Parnu_kinnistusamet, lk 23
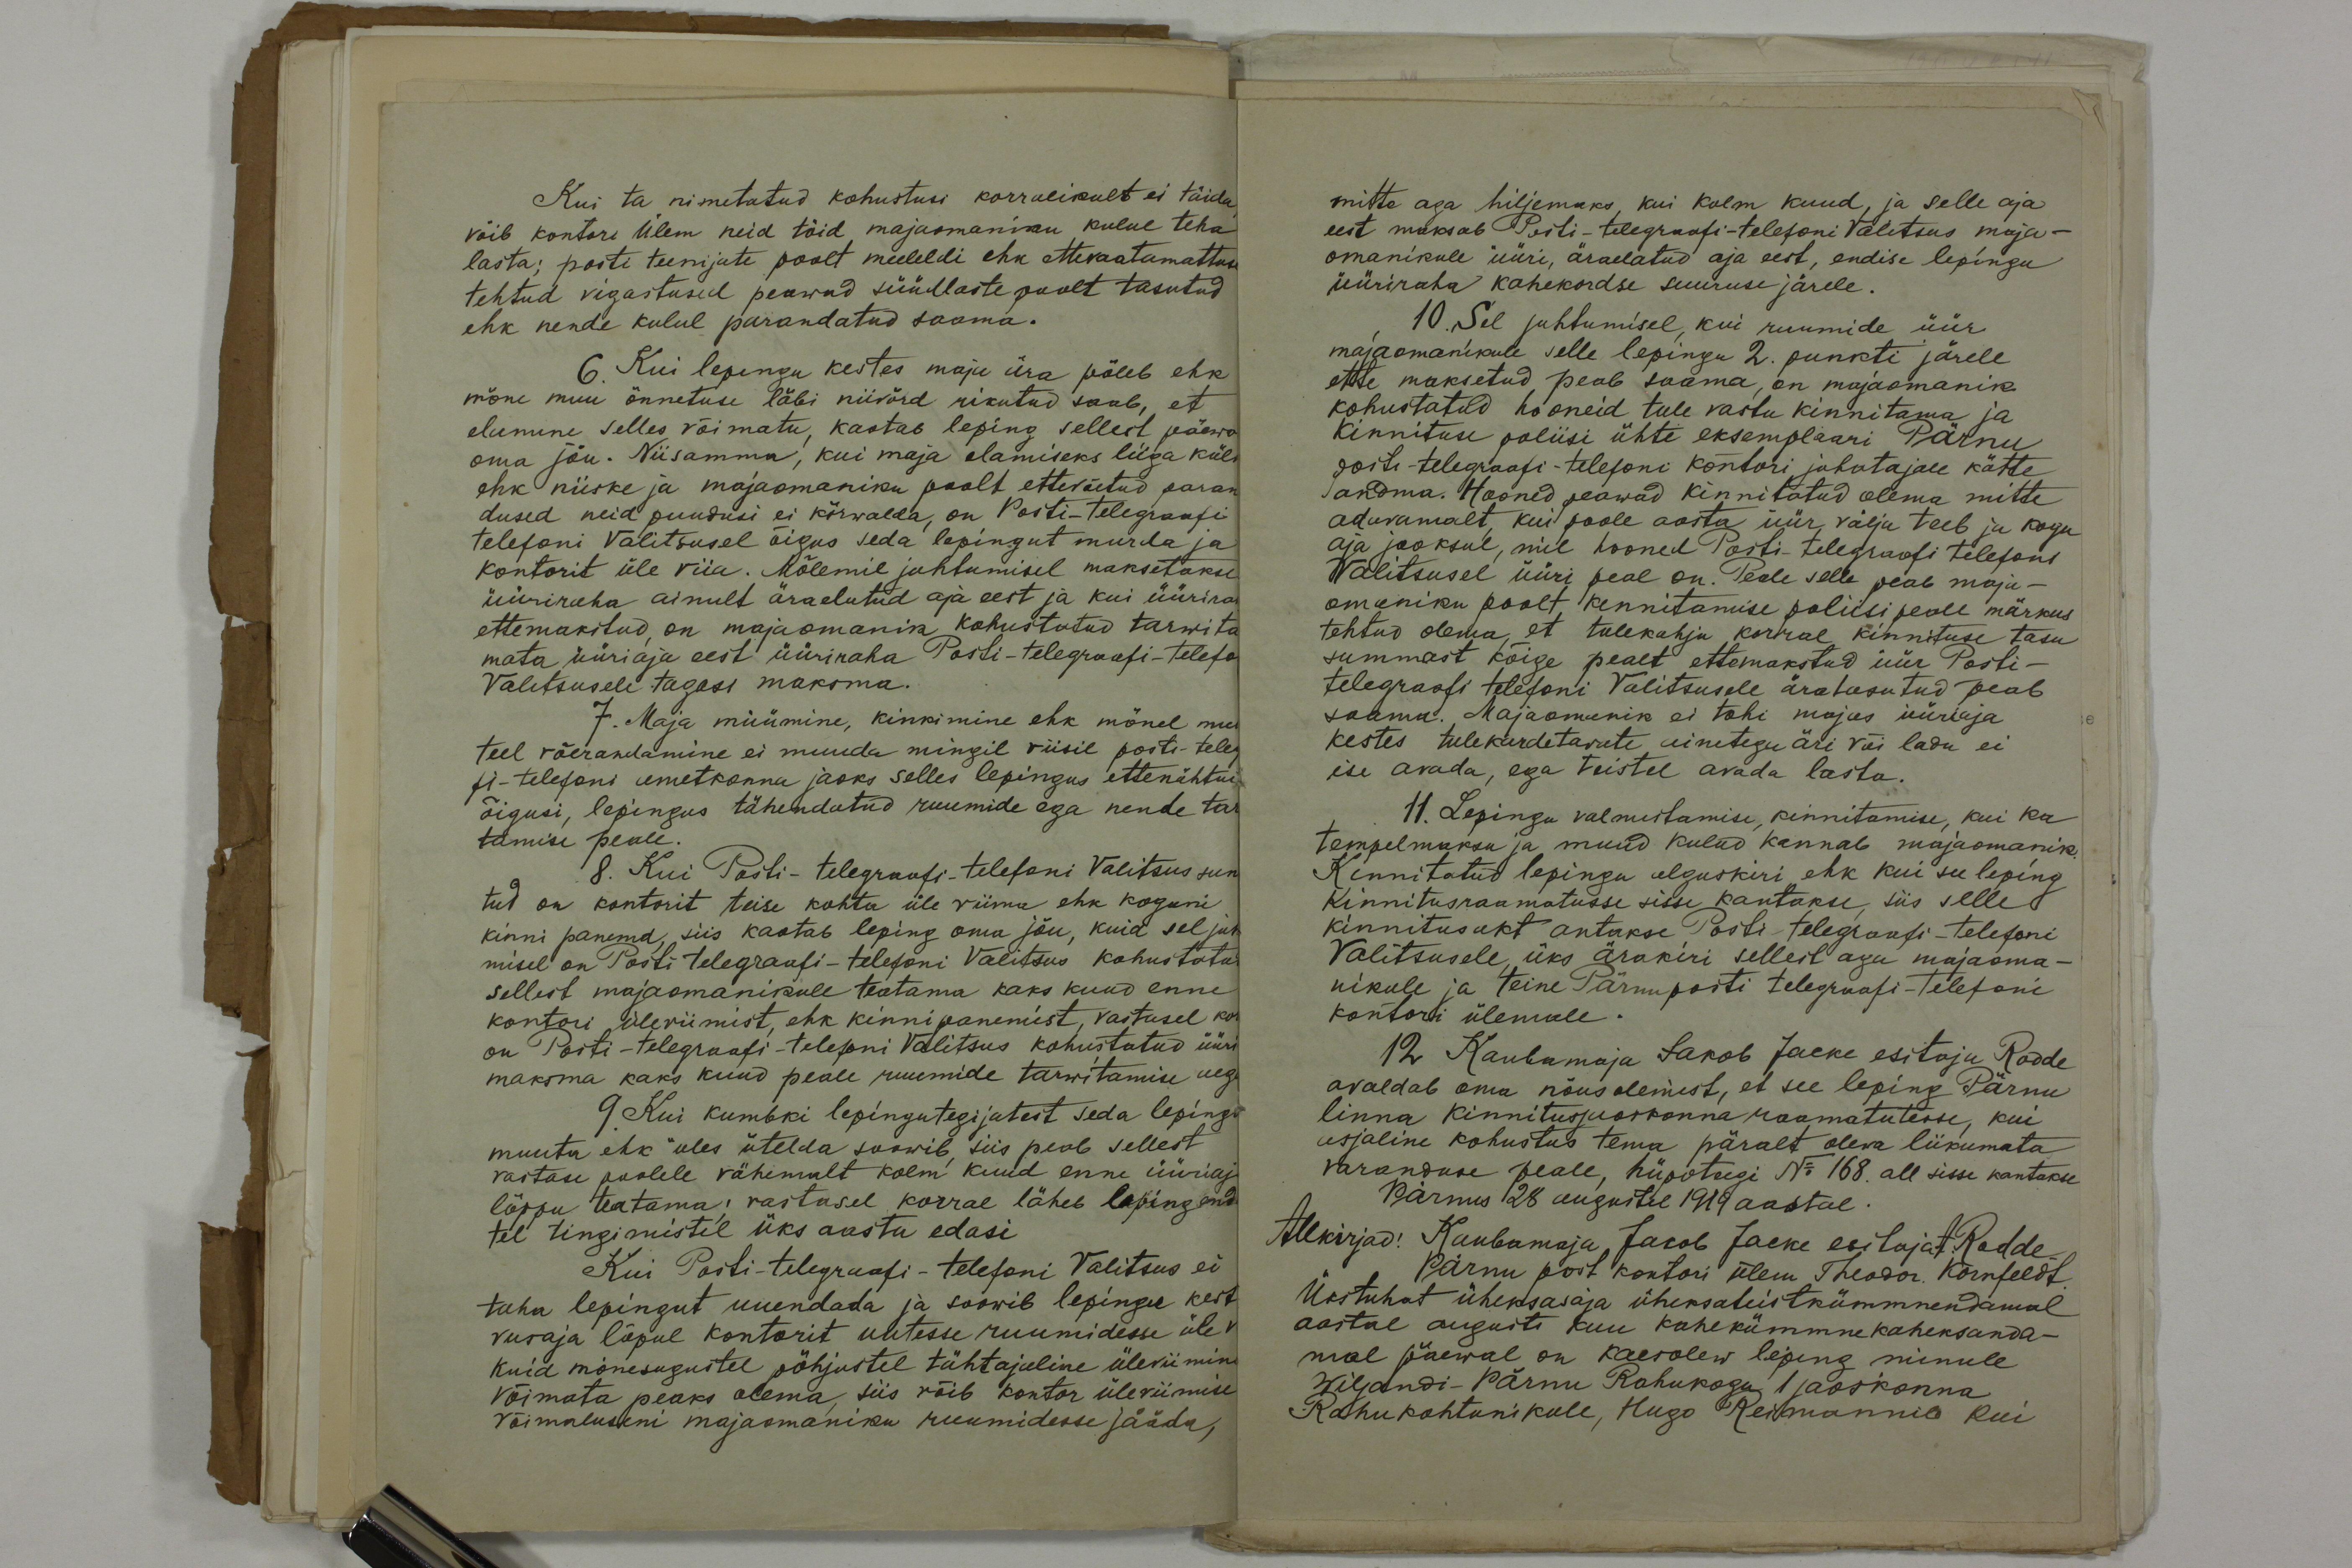
Kui ta nimetatud kohustusi korralikult ei täida,
võib kontori Ülem neid töid majaomaniku kulul teha
lasta; posti teenijate poolt meeleldi ehk ettevaatamattuse
tehtud vigastused peawad süüdlaste poolt tasutud
ehk nende kulul parandatud saama.
6. Kui lepingu kestes maja ära põleb ehk
mõne muu õnnetuse läbi niivõrd rikutud saab, et
elamine selles võimatu, kaotab leping sellest päewa
oma jõu. Niisamma, kui maja elamiseks liiga külm
ehk niiske ja majaomaniku poolt ettevõetud paran
dused neid puudusi ei kõrwalda, on Posti-telegraafi
telefoni Valitsusel õigus seda lepingut murda ja
kontorit üle viia. Mõlemil juhtumisel maksetakse
üüriraha ainult äraelatud aja eest ja kui üürira
ettemakstud, on majaomanik kohustatud tarwita
mata üüriaja eest üüriraha Posti-telegraafi-telefo
Valitsusele tagasi maksma.
7. Maja müümine, kinkimine ehk mõnel muu
teel võerandamine ei muuda mingil viisil posti-teleg
fi-telefoni ametkonna jaoks selles lepingus ettenähtud
õigusi, lepingus tähendatud ruumide ega nende tar-
tamise peale.
8. Kui Posti-telegraafi-telefoni Valitsus sun
tud on kontorit teise kohta üle viima ehk koguni
kinni panema, siis kaotab leping oma jõu, kuid sel juh
misel on Posti telegraafi-telefoni Valitsus kohustatud
sellest majaomanikule teatama kaks kuud enne
kontori üleviimist, ehk kinnipanemist, vastasel kor
on Posti-telegraafi-telefoni Valitsus kohustatud üüri
maksma kaks kuud peale ruumide tarwitamise aega
9. Kui kumbki lepingutegijatest seda lepingu
muuta ehk üles ütelda soowib, siis peab sellest
vastase poolele vähemalt kolm kuud enne üüriaj
lõppu teatama; vastasel korral läheb leping end
tel tingimistel üks aasta edasi
Kui Posti-telegraafi-telefoni Valitsus ei
taha lepingut uuendada ja soowib lepingu kest
vusaja lõpul kontorit uutesse ruumidesse üle v
kuid mõnesugustel põhjustel tähtajaline üleviimine
võimata peaks olema, siis võib kontor üleviimise
võimaluseni majaomaniku ruumidesse jääda,

mitte aga hiljemaks, kui kolm kuud, ja selle aja
eest maksab Posti-telegraafi-telefoni Valitsus maja-
omanikule üüri, äraelatud aja eest, endise lepingu
üüriraha kahekordse suuruse järele.
10. Sel juhtumisel, kui ruumide üür
majaomanikule selle lepingu 2. punkti järele
ette maksetud peab saama, on majaomanik
kohustatud hooneid tule vastu kinnitama ja
Kinnituse poliisi ühte eksemplaari Pärnu
posti-telegraafi-telefoni kontori juhatajale kätte
andma. Hooned peawad kinnitatud olema mitte
odavamalt, kui poole aasta üür välja teeb ja kogu
aja jooksul, mil hooned Posti-telegraafi telefoni
Valitsusel üüri peal on. Peale selle peab maja-
omaniku poolt kinnitamise poliisi peale märkus
tehtud olema, et tulekahju korral kinnituse tasu
summast kõige pealt ettemakstud üür Posti-
telegraafi telefoni Valitsusele äratasutud peab
saama. Majaomanik ei tohi majas üüriaja
kestes tulekardetavate ainetega äri või ladu ei
ise avada, ega teistel avada lasta.
11. Lepingu valmistamise, kinnitamise, kui ka
tempelmaksu ja muud kulud kannab majaomanik.
Kinnitatud lepingu alguskiri ehk kui see leping
Kinnitusraamatusse sisse kantakse, siis selle
kinnitusakt antakse Posti-telegraafi-telefoni
Valitsusele, üks ärakiri sellest aga majaoma-
nikule ja teine Pärnu posti telegraafi-telefoni
kontori ülemale.
12 Kaubamaja Jakob Jacke esitaja Rodde
avaldab oma nõusolemist, et see leping Pärnu
linna kinnitusjaoskonna raamatutesse, kui
asjaline kohustus tema päralt olewa liikumata
varanduse peale, hüpoteegi No 168. all sisse kantakse
Pärnus 128 augustil 1919 aastal.
Allkirjad: Kaubamaja Jacob Jacke esitaja A. Rodde.
Pärnu post kontori ülem Theodor. Kornfeldt.
Ükstuhat üheksasaja üleksateistkümmnendamal
aastal augusti kuu kahekümmne kaheksanda-
mal päewal on kaesolew leping minule
Wiljandi-Pärnu Rahukogu 1 jaoskonna
Rahukohtunikule, Hugo Reimannile kui